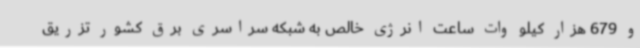
و 679 هزار کیلو وات ساعت انرژی خالص به شبکه سراسری برق کشور تزریق